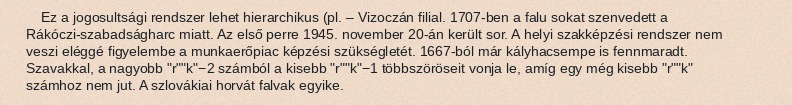
Ez a jogosultsági rendszer lehet hierarchikus (pl. – Vizoczán filial. 1707-ben a falu sokat szenvedett a Rákóczi-szabadságharc miatt. Az első perre 1945. november 20-án került sor. A helyi szakképzési rendszer nem veszi eléggé figyelembe a munkaerőpiac képzési szükségletét. 1667-ból már kályhacsempe is fennmaradt. Szavakkal, a nagyobb "r""k"−2 számból a kisebb "r""k"−1 többszöröseit vonja le, amíg egy még kisebb "r""k" számhoz nem jut. A szlovákiai horvát falvak egyike.